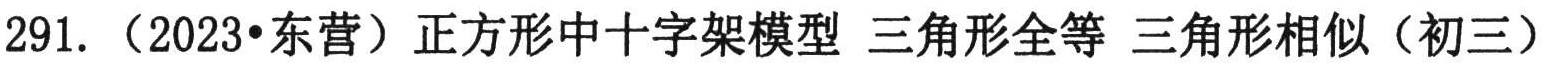
291. （2023•东营）正方形中十字架模型 三角形全等 三角形相似（初三）